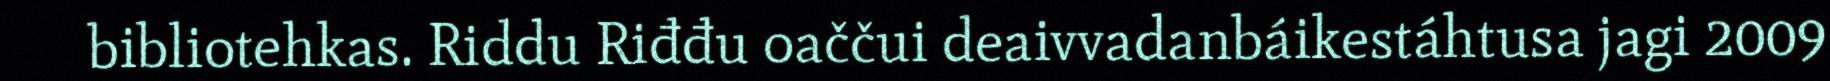
bibliotehkas. Riddu Riđđu oaččui deaivvadanbáikestáhtusa jagi 2009